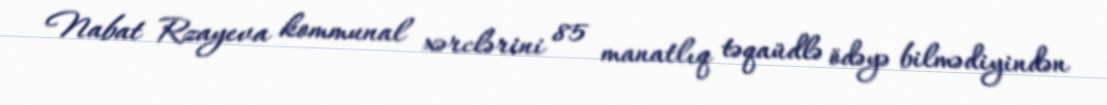
Nabat Rzayeva kommunal xərclərini 85 manatlıq təqaüdlə ödəyə bilmədiyindən